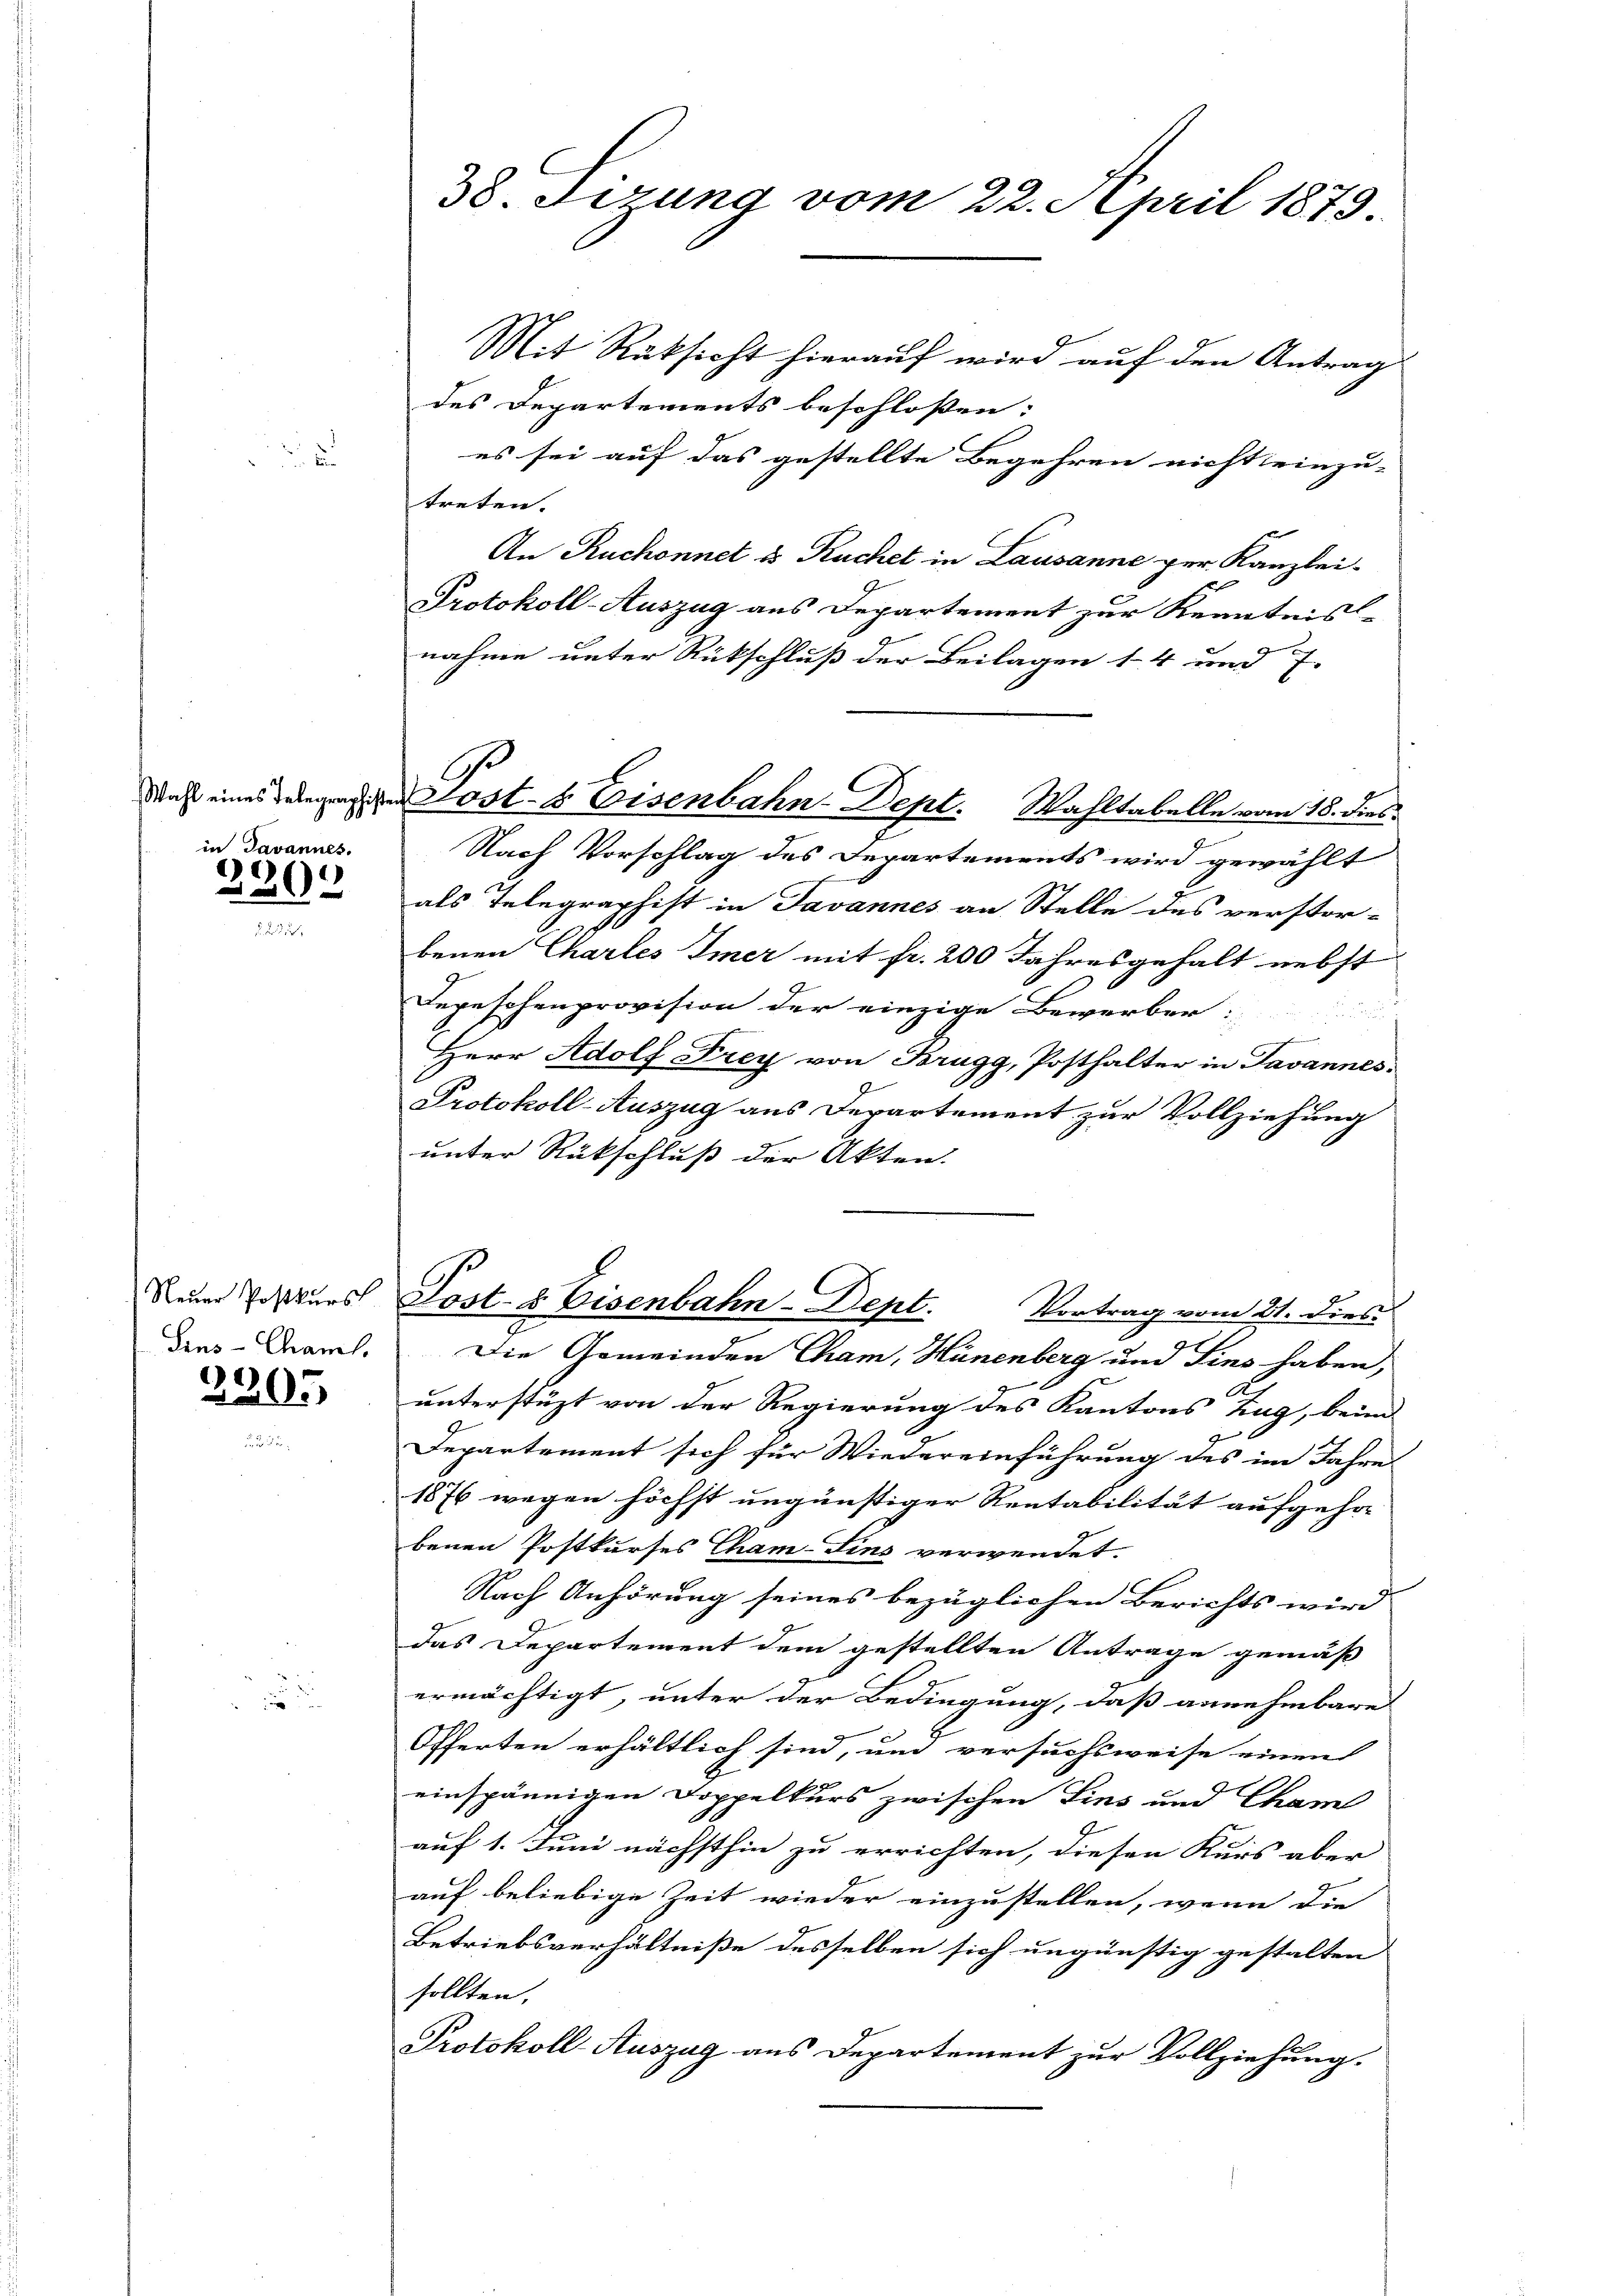
in Javannes.

2202

Sins-Chamel,

2205

38. Fezung vom 22. April 1879.

Mit Rüksicht hierauf wird auf den Antrag
des Departements beschlossen:
es sei auf das gestellte Begehren nicht einzu-
treten. |
An Ruchonnet & Kuchet in Lausanne per Kanzlei-
Protokoll-Auszug aus Departement zur Kenntnis-
nahme unter Rückschluß der Beilagen 14 und 7.
Nach Vorschlag des Departements wird gewählt
als Telegraphist in Javannes an Stelle des verstor-
benen Chartes Immer mit fr. 200 Jahresgehalt nebst
Depeschenprovision der einzige Bewerber:
Herr Adolf Frey von Brugg, Posthalter in Javannes.
Protokoll-Auszug aus Departement zur Vollziehung
unter Rückschluß der Akten.
Neuer Postkurs Post- & Eisenbahn-Dept. Vortrag vom 21. dies
Die Gemeinden Cham, Hünenberg und Sins haben,
unterstüzt von der Regierung des Kantons Zug, beim
Departement sich für Wiedereinführung des im Jahre
1876 wegen höchst ungünstiger Rentabilität aufgehor
benen Postkurses Tham-Sins verwendet
Nach Anhörung seines bezüglichen Berichts wird
das Departement dem gestellten Antrage gemäß
ermächtigt, unter der Bedingung, daß annehmbare
Offerten erhältlich sind, und versuchsweise einen
einspännigen Doppelkurs zwischen Eins und Cham
auf 1. Juni nächsthin zu errichten, diesen Kurs aber
auf beliebige Zeit wieder einzustellen, wenn die
Betriebsverhältniße desselben sich ungünstig gestalten
sollten,
Protokoll Auszag aus Departement zur Vollziehung.

Daß eines Gelegen der Post- & Eisenbahn-Dept. Wahltabelle vom 18. dies